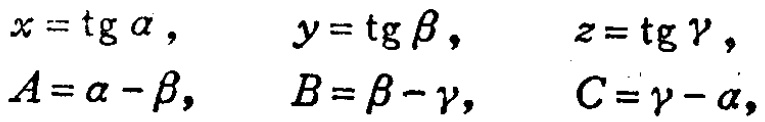
\[

\begin{align*}

x&=\operatorname{tg}\alpha, &y&=\operatorname{tg}\beta, &z&=\operatorname{tg}\gamma,\\

A&=\alpha - \beta, &B&=\beta - \gamma, &C&=\gamma - \alpha,

\end{align*}

\]